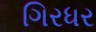
ગિરધર